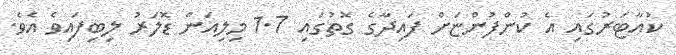
ކުއާޓަރުގައި އެ ކުންފުންޏަށް ފައިދާގެ ގޮތުގައި 1.7 މިލިއަން ޑޮލަރު ލިބިފައިވެ އެވެ.